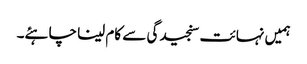
ہمیں نہائت سنجیدگی سے کام لینا چاہئے۔